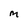
Character: M